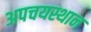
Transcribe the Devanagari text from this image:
अपचयस्थान